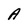
Character: A